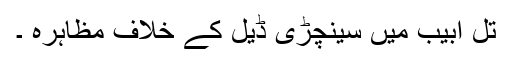
تل ابیب میں سینچڑی ڈیل کے خلاف مظاہرہ ۔